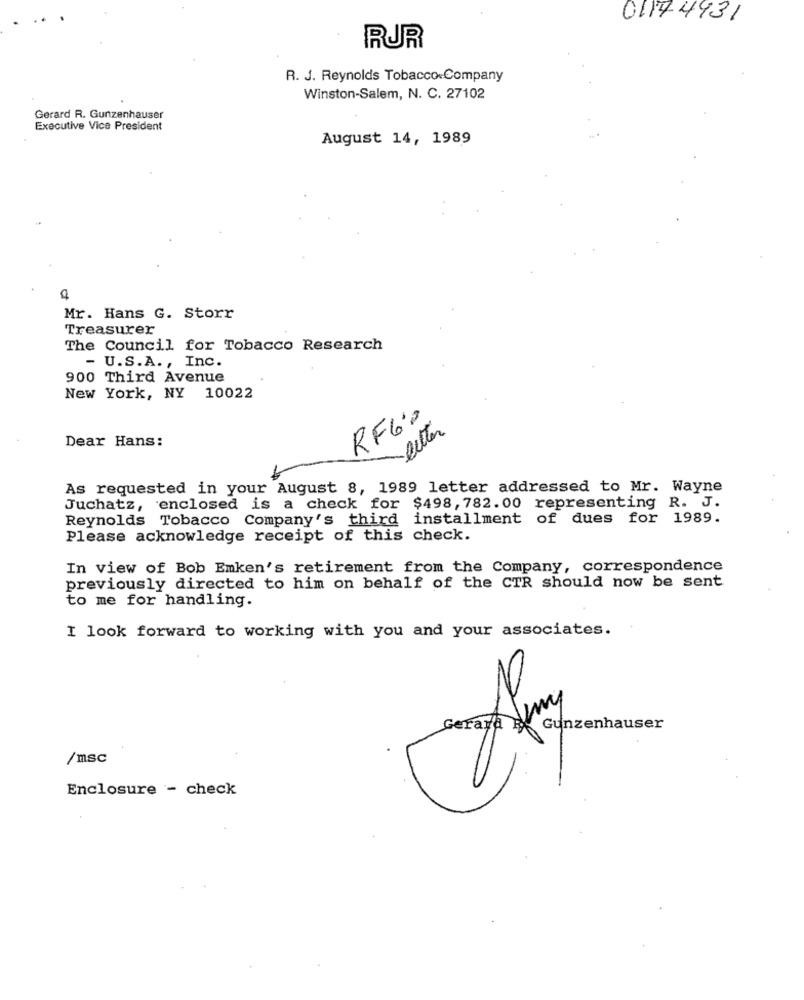
01174431
RUR
R. J. Reynolds Tobacco Company
Winston-Salem, N. C. 27102
Gerard R. Gunzenhauser
Executive Vice President
August 14, 1989
Mr. Hans G. Storr
Treasurer
The Council for Tobacco Research
- U.S.A ., Inc.
900 Third Avenue
New York, NY 10022
RF60
Petter
Dear Hans:
As requested in your August 8, 1989 letter addressed to Mr. Wayne
Juchatz, enclosed is a check for $498, 782.00 representing R. J.
Reynolds Tobacco Company's third installment of dues for 1989.
Please acknowledge receipt of this check.
In view of Bob Emken's retirement from the Company, correspondence
previously directed to him on behalf of the CTR should now be sent
to me for handling.
I look forward to working with you and your associates.
Gunzenhauser
/msc
Enclosure - check